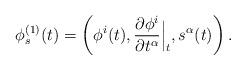
LaTeX: \begin{align*} \phi_s^{(1)}(t) = \left( \phi^i (t), \frac{\partial\phi^i}{\partial t^\alpha} \Big\vert_t,s^\alpha(t)\right).\end{align*}